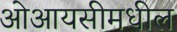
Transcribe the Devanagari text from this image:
ओआयसीमधील